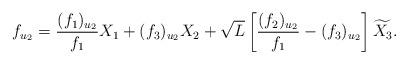
LaTeX: \begin{align*}f_{u_2}=\frac{(f_1)_{u_2}}{f_1}X_1+(f_3)_{u_2}X_2+\sqrt{L}\left[\frac{(f_2)_{u_2}}{f_1}-(f_3)_{u_2}\right]\widetilde{X_3}.\end{align*}